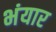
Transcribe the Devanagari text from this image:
भंयार